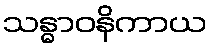
သန္ဓာဝနိကာယ